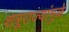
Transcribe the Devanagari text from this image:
शत्रूराज्यांमुळे